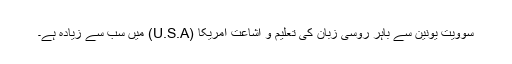
سوویت یونین سے باہر روسی زبان کی تعلیم و اشاعت امریکا (U.S.A) میں سب سے زیادہ ہے۔